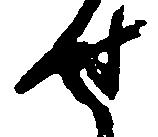
せ